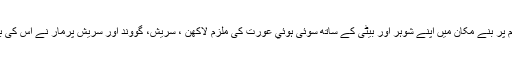
استغاثہ کے مطابق بڑوديا گاؤں میں یکم مارچ 2013 کی رات فارم پر بنے مکان میں اپنے شوہر اور بیٹی کے ساتھ سوئی ہوئي عورت کی ملزم لاكھن ، سریش، گووند اور سریش پرمار نے اس کی بیٹی اور شوہر کو قتل کرنے کی دھمکی دے کر آبروریزی کی تھی۔